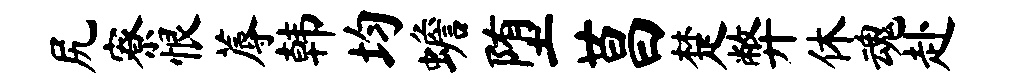
尻寮恨蓐韩均蟾堕莒楚弊休魂赴